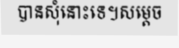
បានសុំនោះទេ។សម្តេច